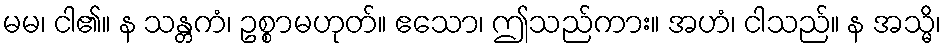
မမ၊ ငါ၏။ န သန္တကံ၊ ဥစ္စာမဟုတ်။ ဧသော၊ ဤသည်ကား။ အဟံ၊ ငါသည်။ န အသ္မိ၊